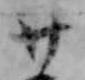
廿